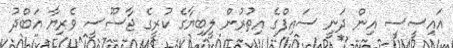
އައިސީސީ އިން ދަނީ ސައިފްގެ އިތުރުން ލީބިޔާގެ ކުރީގެ ޖާސޫސީ ވެރިޔާ އަބްދު